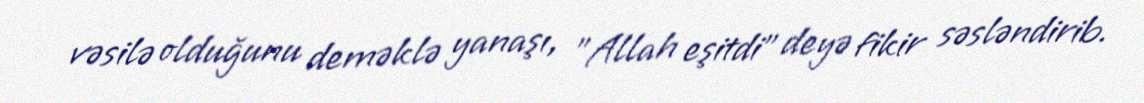
vəsilə olduğunu deməklə yanaşı, "Allah eşitdi" deyə fikir səsləndirib.